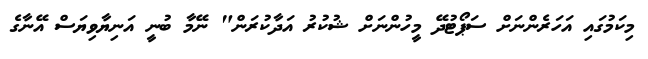
މިކަމުގައި އަހަރެންނަށް ސަޕޯޓުދޭ މީހުންނަށް ޝުކުރު އަދާކުރަން" ނޭމާ ބުނީ އަނިޔާވިޔަސް އޭނާގެ